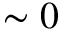
\sim 0